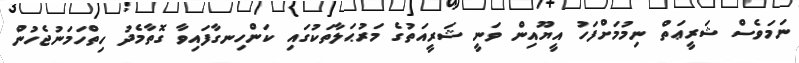
ނަމަވެސް ޝަރީޢަތް ނިމުމަށްފަހު އީޔޫއިން ވަނީ ޝަރީއަތުގެ މަރުޙަލާތަކުގައި ކަންހިނގާފައިވާ ގޮތާމެދު ހިތްހަމަނުޖެހުން